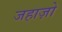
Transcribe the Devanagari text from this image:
जहाज़ो